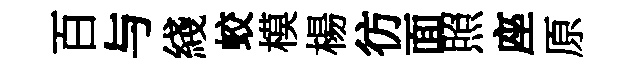
百与綫蛟模楊彷面照座原